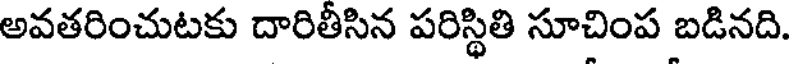
అవతరించుటకు దారితీసిన పరిస్థితి సూచింప బడినది.